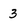
Character: 3